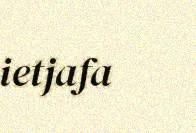
ietjafa